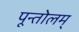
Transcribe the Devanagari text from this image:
पून्तोलम्